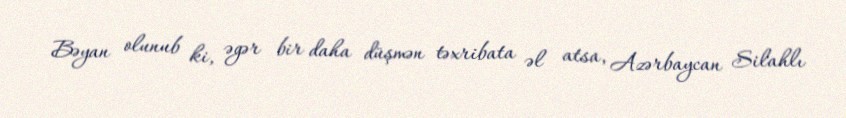
Bəyan olunub ki, əgər bir daha düşmən təxribata əl atsa, Azərbaycan Silahlı